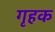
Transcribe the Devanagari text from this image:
गृहक